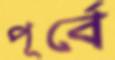
পূর্বে